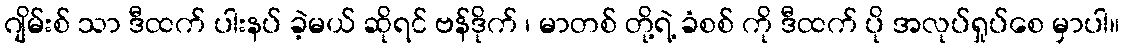
ဂျိမ်းစ် သာ ဒီထက် ပါးနပ် ခဲ့မယ် ဆိုရင် ဗန်ဒိုက် ၊ မာတစ် တို့ရဲ့ ခံစစ် ကို ဒီထက် ပို အလုပ်ရှုပ်စေ မှာပါ။